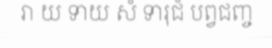
រា យ ទាយ សំ ទារុជំ បព្វជញ្ច